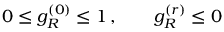
0 \leq g _ { R } ^ { ( 0 ) } \leq 1 \, , \qquad g _ { R } ^ { ( r ) } \leq 0